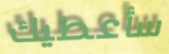
سأعطيك